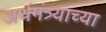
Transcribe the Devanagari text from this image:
अर्थमंत्र्याच्या